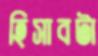
হিসাবটা